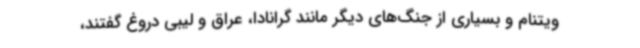
ویتنام و بسیاری از جنگ‌های دیگر مانند گرانادا، عراق و لیبی دروغ گفتند،